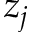
z _ { j }